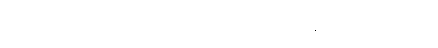
မြေးပဲထိန်းနေတယ်ဆို၊ မြန်မာပြည်အတွက် ဦးလေးတာဝန်ကျေပြီထင်သလားလို့